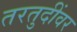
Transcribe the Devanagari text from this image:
तरतुदींवर